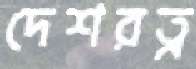
দেশরত্ন